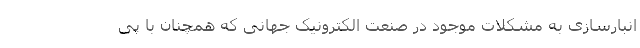
انبارسازی به مشکلات موجود در صنعت الکترونیک جهانی که همچنان با پی